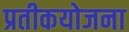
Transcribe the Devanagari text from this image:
प्रतीकयोजना